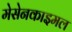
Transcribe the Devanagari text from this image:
मेसेनकाइमल